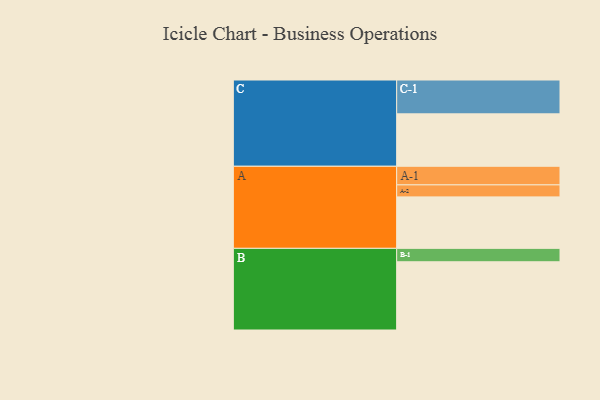
{"axis": {"x": "Segment", "y": "Value"}, "legend": ["", "A", "B", "C"], "data": [{"x": "A", "y": 368, "type": ""}, {"x": "B", "y": 488, "type": ""}, {"x": "C", "y": 375, "type": ""}, {"x": "A-1", "y": 133, "type": "A"}, {"x": "A-2", "y": 86, "type": "A"}, {"x": "B-1", "y": 96, "type": "B"}, {"x": "C-1", "y": 242, "type": "C"}]}